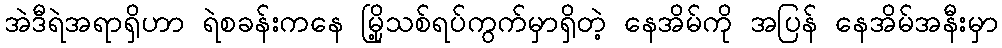
အဲဒီရဲအရာရှိဟာ ရဲစခန်းကနေ မြို့သစ်ရပ်ကွက်မှာရှိတဲ့ နေအိမ်ကို အပြန် နေအိမ်အနီးမှာ